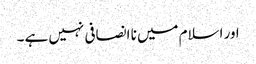
اور اسلام میں نا انصافی نہیں ہے ۔